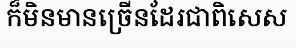
ក៏មិនមានច្រើនដែរជាពិសេស